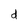
Character: d